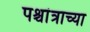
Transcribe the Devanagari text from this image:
पश्चांत्राच्या